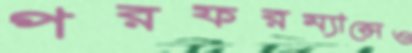
পরফরম্যান্সেও